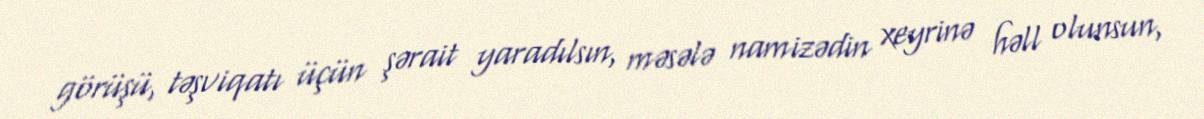
görüşü, təşviqatı üçün şərait yaradılsın, məsələ namizədin xeyrinə həll olunsun,